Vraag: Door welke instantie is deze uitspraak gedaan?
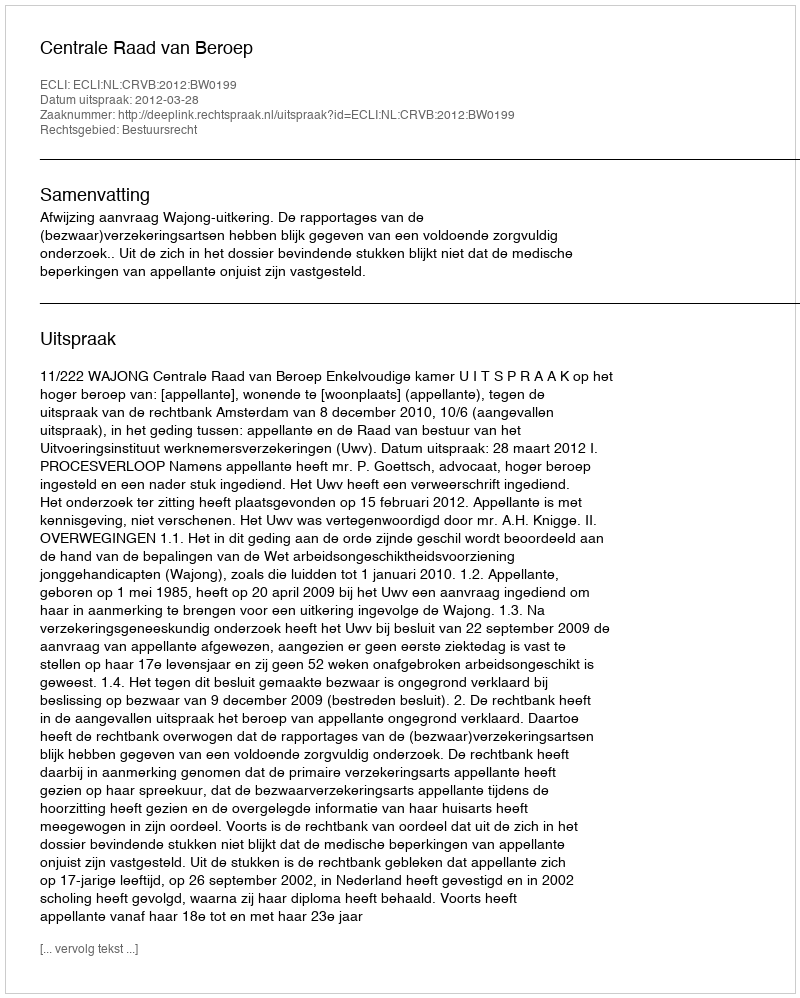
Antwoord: Centrale Raad van Beroep